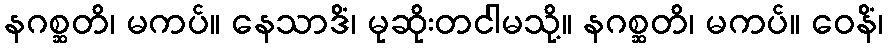
နဂစ္ဆတိ၊ မကပ်။ နေသာဒိံ၊ မုဆိုးတငါမသို့။ နဂစ္ဆတိ၊ မကပ်။ ဝေနိံ၊